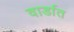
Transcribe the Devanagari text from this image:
वार्डात